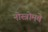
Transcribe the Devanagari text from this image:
नोस्त्रोमचे